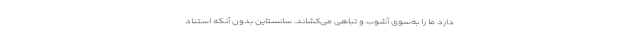
دارد ما را به‌سوی آشوب و تباهی می‌کشاند. سانستاین بدون آنکه استناد